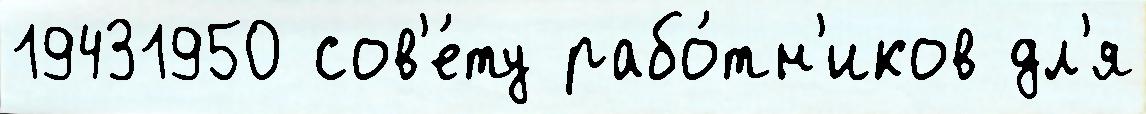
19431950 сов'е́ту рабо́тн'иков дл'я